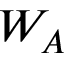
W _ { A }